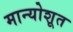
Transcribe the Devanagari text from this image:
मान्योशूत